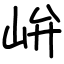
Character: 峅